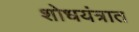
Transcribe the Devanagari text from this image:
शोधयंत्रात